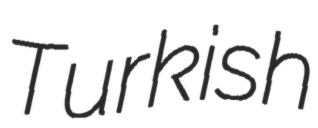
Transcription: Turkish